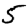
Digit: 5